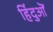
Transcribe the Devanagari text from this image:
हिंदुऒं